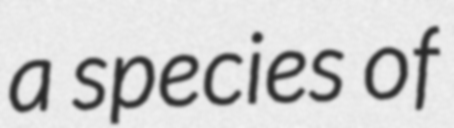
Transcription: a species of